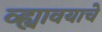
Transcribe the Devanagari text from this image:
व्ह्यावयाचे